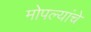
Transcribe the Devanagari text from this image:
मोपल्यांचे